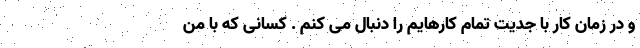
و در زمان کار با جدیت تمام کارهایم را دنبال می کنم . کسانی که با من